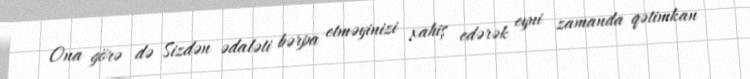
Ona görə də Sizdən ədaləti bərpa etməyinizi xahiş edərək eyni zamanda qətimkan